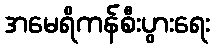
အမေရိကန်စီးပွားရေး